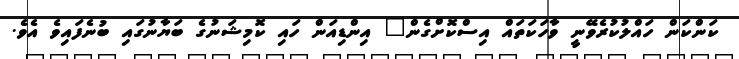
ކަންކަން ހައްލުކުރެވޭނީ ވާހަކަތައް އިސްކޮށްގެން" އިންޑިއަން ހައި ކޮމިޝަނުގެ ބަޔާނުގައި ބުނެފައިވެ އެވެ.